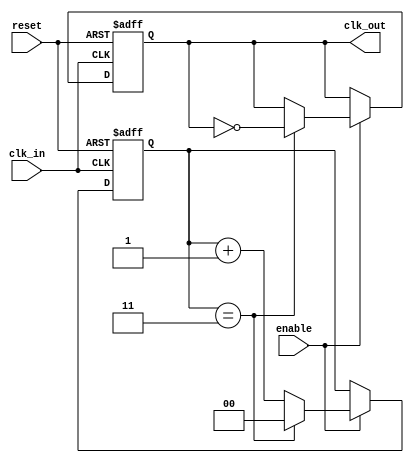
module clock_divider #(
    parameter DIV_FACTOR = 4  // Default division factor
) (
    input wire clk_in,         // Input clock signal
    input wire reset,          // Asynchronous reset signal
    input wire enable,         // Enable signal for clock division
    output reg clk_out         // Divided output clock signal
);

    // Internal signals
    reg [$clog2(DIV_FACTOR)-1:0] counter; // Counter signal

    always @(posedge clk_in or posedge reset) begin
        if (reset) begin
            // Reset the counter and output clock
            counter <= 0;
            clk_out <= 0;
        end else if (enable) begin
            // Increment the counter
            if (counter == DIV_FACTOR - 1) begin
                // Toggle the output clock and reset the counter
                clk_out <= ~clk_out;
                counter <= 0;
            end else begin
                // Increment the counter
                counter <= counter + 1;
            end
        end
    end

endmodule